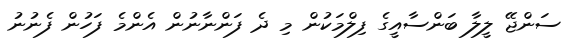
ސަންޖޭ ލީލާ ބަންސާއީގެ ފިލްމަކުން މި ދެ ފަންނާނުން އެންމެ ފަހުން ފެނުނު